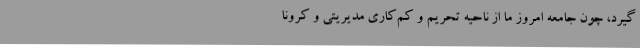
گیرد، چون جامعه امروز ما از ناحیه تحریم و کم‌کاری مدیریتی و کرونا